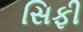
સિફી